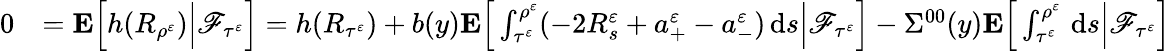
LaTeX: \begin{array}{rl}{0}&{=\mathbf{E}\Big[h(R_{\rho^{\varepsilon}})\Big|\mathscr{F}_{\tau^{\varepsilon}}\Big]=h(R_{\tau^{\varepsilon}})+b(y)\mathbf{E}\Big[\int_{\tau^{\varepsilon}}^{\rho^{\varepsilon}}(-2R_{s}^{\varepsilon}+a_{+}^{\varepsilon}-a_{-}^{\varepsilon})\, \mathrm{d}s\Big|\mathscr{F}_{\tau^{\varepsilon}}\Big]-\Sigma^{00}(y)\mathbf{E}\Big[\int_{\tau^{\varepsilon}}^{\rho^{\varepsilon}}\, \mathrm{d}s\Big|\mathscr{F}_{\tau^{\varepsilon}}\Big]}\end{array}